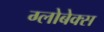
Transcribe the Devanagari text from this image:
ग्लोबेक्स